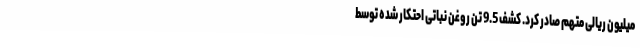
میلیون ریالی متهم صادر کرد. کشف 9.5 تن روغن نباتی احتکار شده توسط